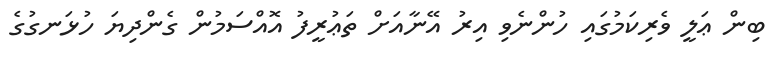
ބިން ޢަލީ ވެރިކަމުގައި ހުންނެވި އިރު އޭނާއަށް ތަޢުރީފު އޮއްސަމުން ގެންދިޔަ ހުޅަނގުގެ